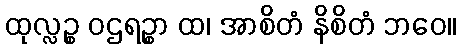
ထုလ္လဉ္စ ဝဌရဉ္စာ ထ၊ အာစိတံ နိစိတံ ဘဝေ။